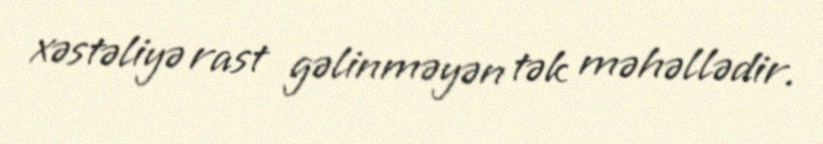
xəstəliyə rast gəlinməyən tək məhəllədir.